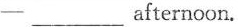
一 ___ afternoon.